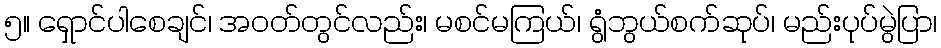
၅။ ရှောင်ပါစေချင်၊ အဝတ်တွင်လည်း၊ မစင်မကြယ်၊ ရွံဘွယ်စက်ဆုပ်၊ မည်းပုပ်မွဲပြာ၊